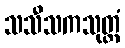
သသီသကသုတ္တံ